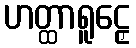
ဟတ္ထာရူဠှေ